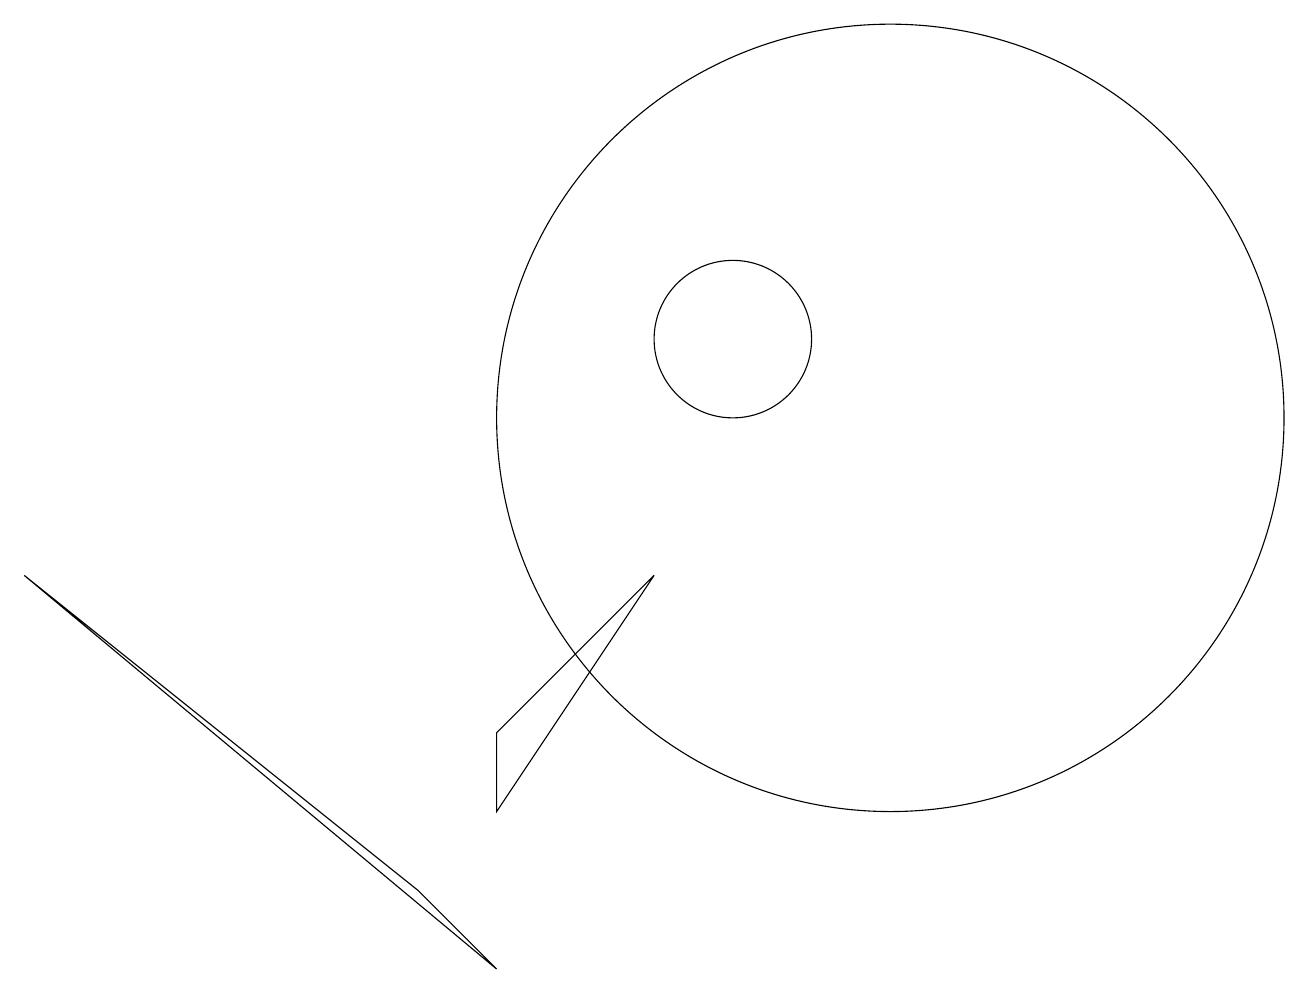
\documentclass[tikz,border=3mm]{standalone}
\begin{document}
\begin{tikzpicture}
\draw (10,11) circle (1);
\draw (12,11) circle (0);
\draw (7,5) -- (7,6) -- (9,8) -- cycle;
\draw (1,8) -- (7,3) -- (6,4) -- cycle;
\draw (12,10) circle (5);
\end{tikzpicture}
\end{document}